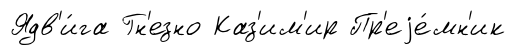
Ядв'и́га Гн'езно Каз'им'ир Пр'еjе́мн'ик